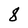
Character: 8